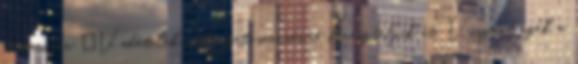
hamarosan „Vadételek változatosan” névre kereszteljük át. Viszont ezek a